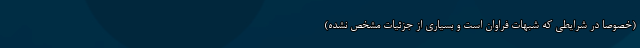
(خصوصا در شرایطی که شبهات فراوان است و بسیاری از جزئیات مشخص نشده)